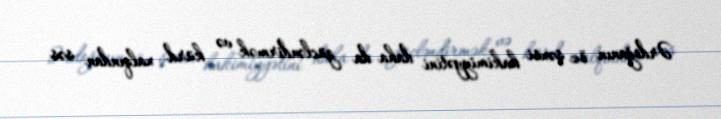
Ərdoğanın öz şəxsi hakimiyyətini daha da gücləndirmək və kürd xalqından səs